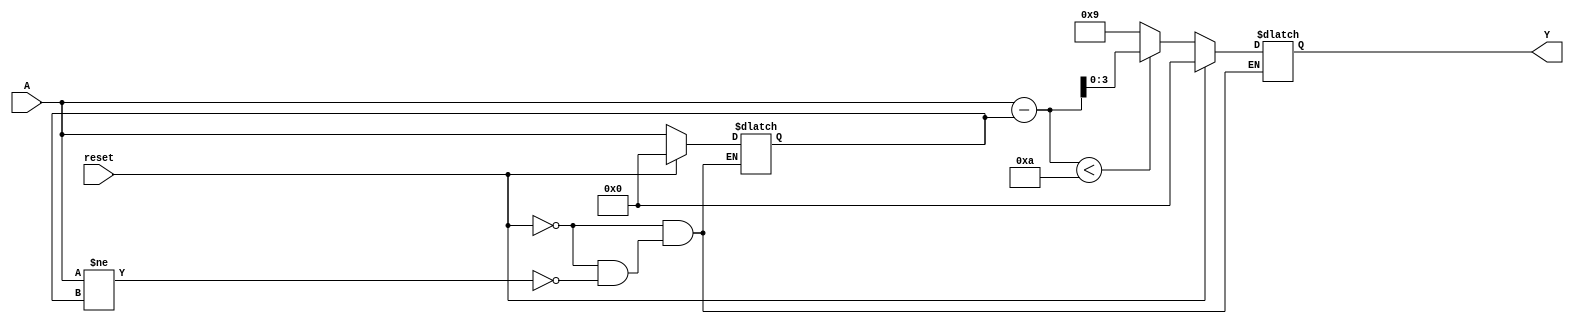
module relative_encoder #(
    parameter n = 4,  // Number of bits for binary input
    parameter m = 4   // Number of bits for BCD output
)(
    input wire [n-1:0] A,      // n-bit binary input
    input wire reset,           // Reset input
    output reg [m-1:0] Y       // m-bit BCD output
);

    reg [n-1:0] prev_A;        // Register to hold the previous state
    reg [n:0] diff;            // Register to hold the difference

    // Edge detection and BCD encoding logic
    always @(*) begin
        if (reset) begin
            Y = 0;              // Reset output to 0
            prev_A = 0;        // Reset previous state
        end else begin
            // Detect change in input
            if (A != prev_A) begin
                // Calculate the difference
                diff = A - prev_A;
                
                // Convert the difference to BCD
                // Assuming diff is within the range that can be represented in BCD
                // Here we simply assign the lower 4 bits of diff to Y
                // Additional logic may be needed for larger differences
                if (diff < 10) begin
                    Y = diff;  // Directly assign if within BCD range
                end else begin
                    // Handle cases where diff exceeds BCD representation
                    // This is a simple example; more sophisticated handling may be needed
                    Y = 9; // Cap at max BCD value
                end
                
                // Update previous state
                prev_A = A;
            end
        end
    end

endmodule